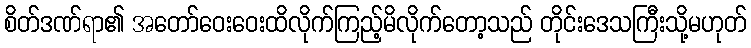
စိတ်ဒဏ်ရာ၏ အတော်ဝေးဝေးထိလိုက်ကြည့်မိလိုက်တော့သည် တိုင်းဒေသကြီးသို့မဟုတ်